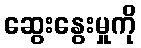
ဆွေးနွေးမှုကို